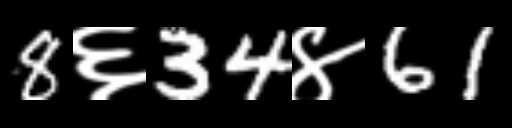
Text: 8६34४61